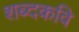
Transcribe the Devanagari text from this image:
शब्दकवि